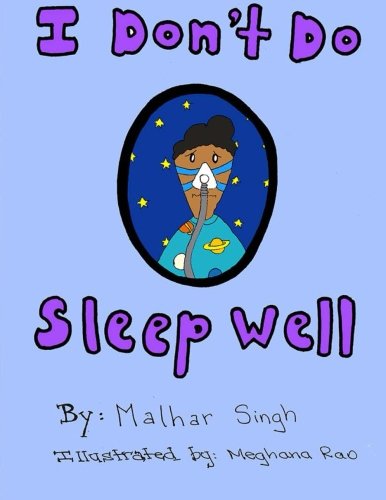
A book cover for I Don't Do Sleep Well: I Don't Do Sleep Well is a story about a boy named Alfie who finds out he has sleep apnea, and needs to overcome the obstacles that come with it,; Malhar T Singh; Literature & Fiction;